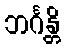
ဘင်္ဂန္တိ